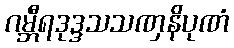
ဂမ္ဘီရဒုဒ္ဒသသဏှနိပုဏံ